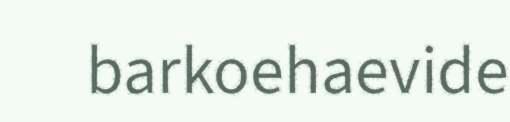
barkoehaevide